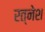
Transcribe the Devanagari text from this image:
रत्नेश